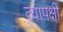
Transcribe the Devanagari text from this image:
त्यापक्षी